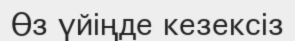
Өз үйіңде кезексіз